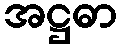
အဋ္ဌဓာ